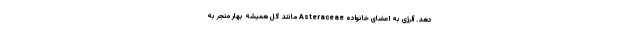
دهد. آلرژی به اعضای خانواده Asteraceae مانند گل همیشه بهار منجر به